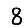
Digit: 8